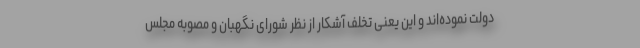
دولت نموده‌اند و این یعنی تخلف آشکار از نظر شورای نگهبان و مصوبه مجلس